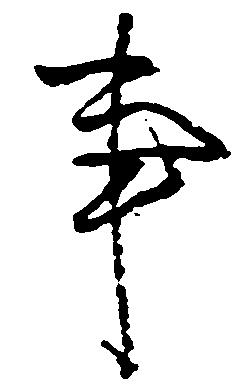
事